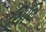
ચિલિ